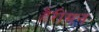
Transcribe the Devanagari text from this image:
हैरीमन